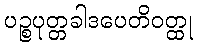
ပဉ္စပုတ္တခါဒပေတိဝတ္ထု